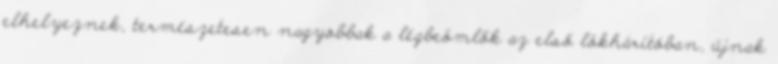
elhelyeznek, természetesen nagyobbak a légbeömlők az első lökhárítóban, újnak